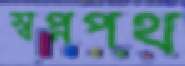
স্বপ্নপথ